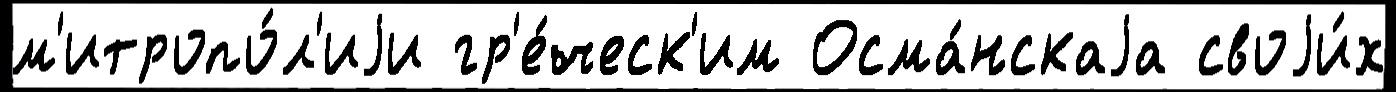
м'итропо́л'иjи гр'е́ческ'им Осма́нскаjа своjи́х